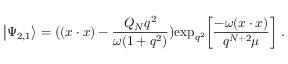
\big | \Psi _ { 2 , 1 } \big > = \big ( ( x \cdot x ) - { \frac { Q _ { N } q ^ { 2 } } { \omega ( 1 + q ^ { 2 } ) } } \big ) \mathrm { e x p } _ { q ^ { 2 } } \bigg [ { \frac { - \omega ( x \cdot x ) } { q ^ { N + 2 } \mu } } \bigg ] \ .